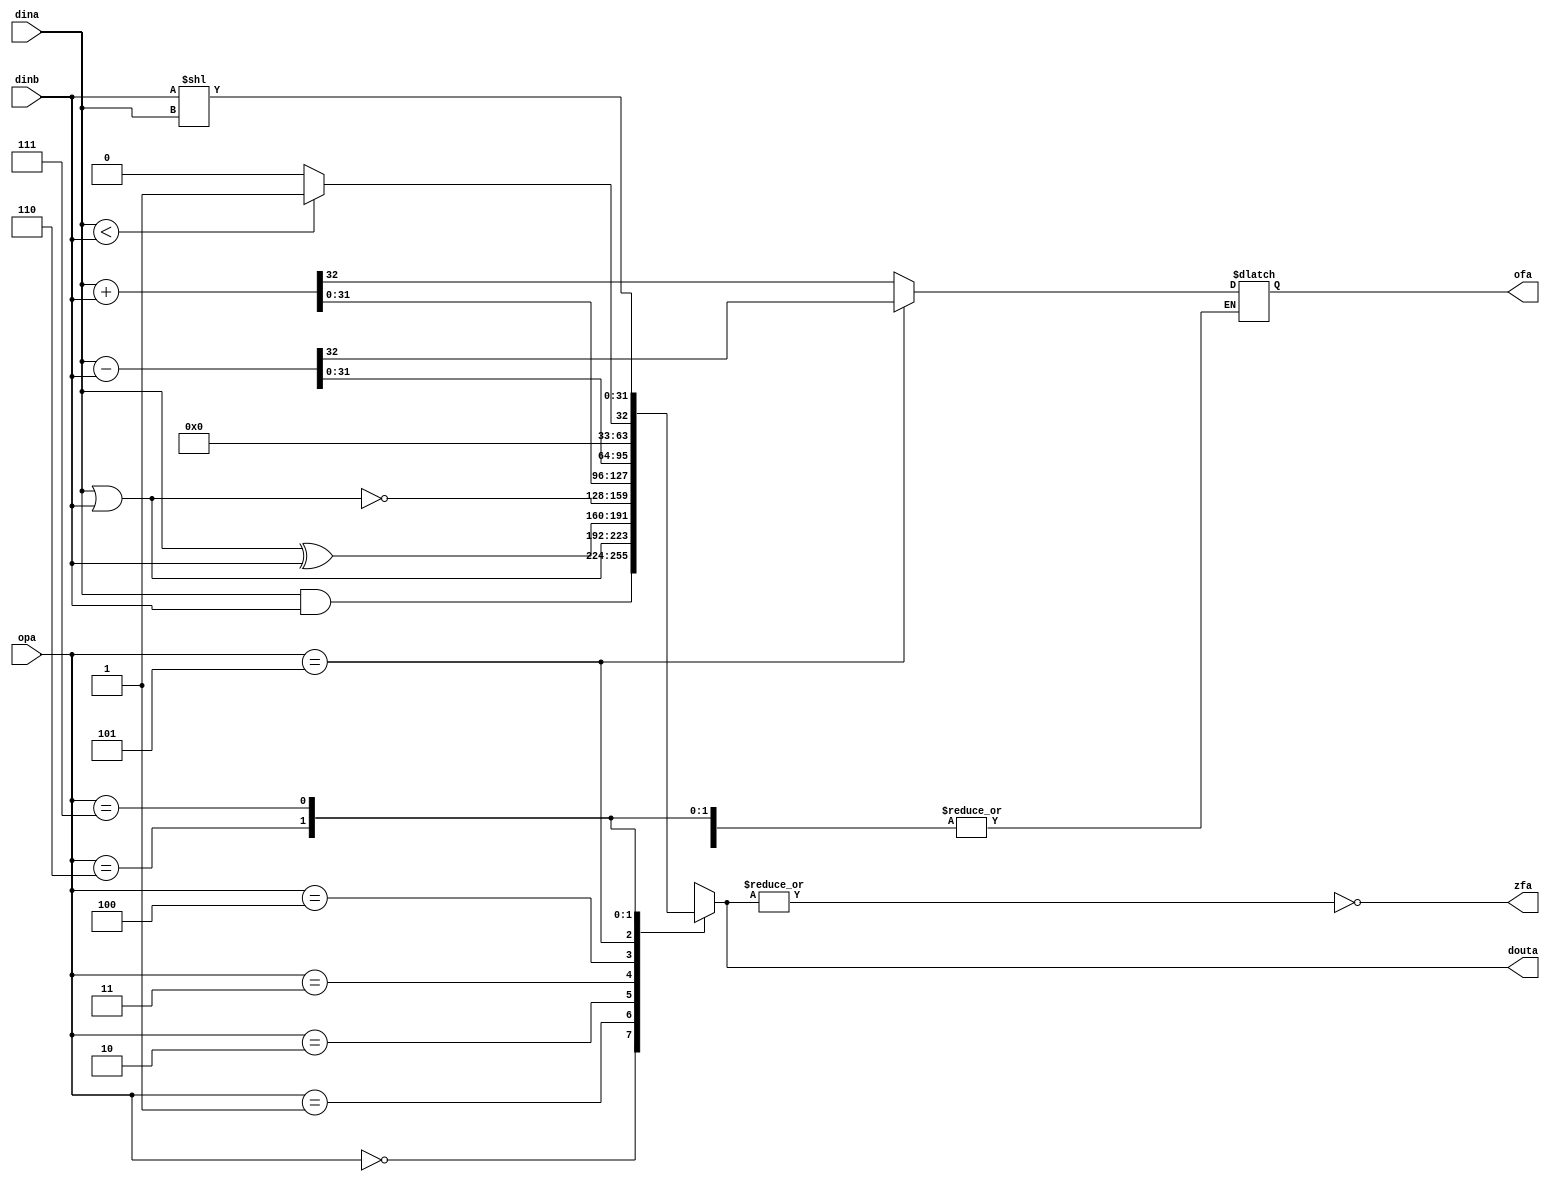
`timescale 1ns / 1ps
//////////////////////////////////////////////////////////////////////////////////
// Company: 
// Engineer: 
// 
// Design Name: 
// Module Name:    ALU 
// Project Name: 
// Target Devices: 
// Tool versions: 
// Description: 
//
// Dependencies: 
//
// Revision: 
// Revision 0.01 - File Created
// Additional Comments: 
//
//////////////////////////////////////////////////////////////////////////////////
module ALU(
  dina,
  dinb,
  opa,
  ofa,
  zfa,
  douta
  );

  input [31 : 0] dina;
  input [31 : 0] dinb;
  input [2 : 0] opa;
  output reg ofa;
  output zfa;
  output reg [31 : 0] douta;

  assign zfa = ~(|douta);

  always @(*) begin
    case (opa)
      3'b000: douta = dina & dinb;
        3'b001: douta = dina | dinb;
        3'b010: douta = dina ^ dinb;
        3'b011: douta = ~(dina | dinb);
        3'b100: {ofa, douta} = dina + dinb;
        3'b101: {ofa, douta} = dina - dinb;
        3'b110: douta = (dina < dinb)? 1:0;
        3'b111: douta = dinb << dina;
        default: douta = 32'b0;
    endcase
  end


endmodule